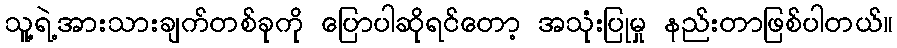
သူ့ရဲ့အားသားချက်တစ်ခုကို ပြောပါဆိုရင်တော့ အသုံးပြုမှု နည်းတာဖြစ်ပါတယ်။